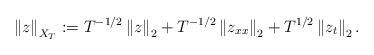
LaTeX: \begin{align*} \left\| z \right\|_{X_T} := T^{-1/2} \left\|z\right\|_2 + T^{-1/2} \left\|z_{xx}\right\|_2 + T^{1/2} \left\|z_{t}\right\|_2.\end{align*}